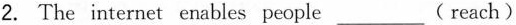
2. The internet enables people ___ ( reach)